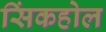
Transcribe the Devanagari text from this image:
सिंकहोल